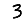
Digit: 3